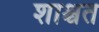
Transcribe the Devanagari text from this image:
शाश्चत